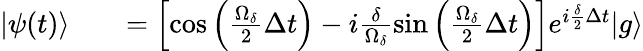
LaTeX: \begin{array}{rlr}{\vert\psi(t)\rangle}&{{}}&{=\left[\cos\left(\frac{\Omega_{\delta}}{2}\Delta t\right)-i\frac{\delta}{\Omega_{\delta}}\sin\left(\frac{\Omega_{\delta}}{2}\Delta t\right)\right]e^{i\frac{\delta}{2}\Delta t}\vert g\rangle}\end{array}